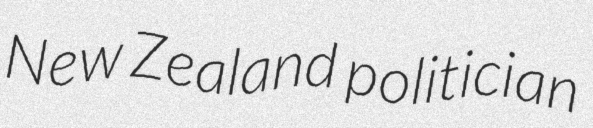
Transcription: New Zealand politician